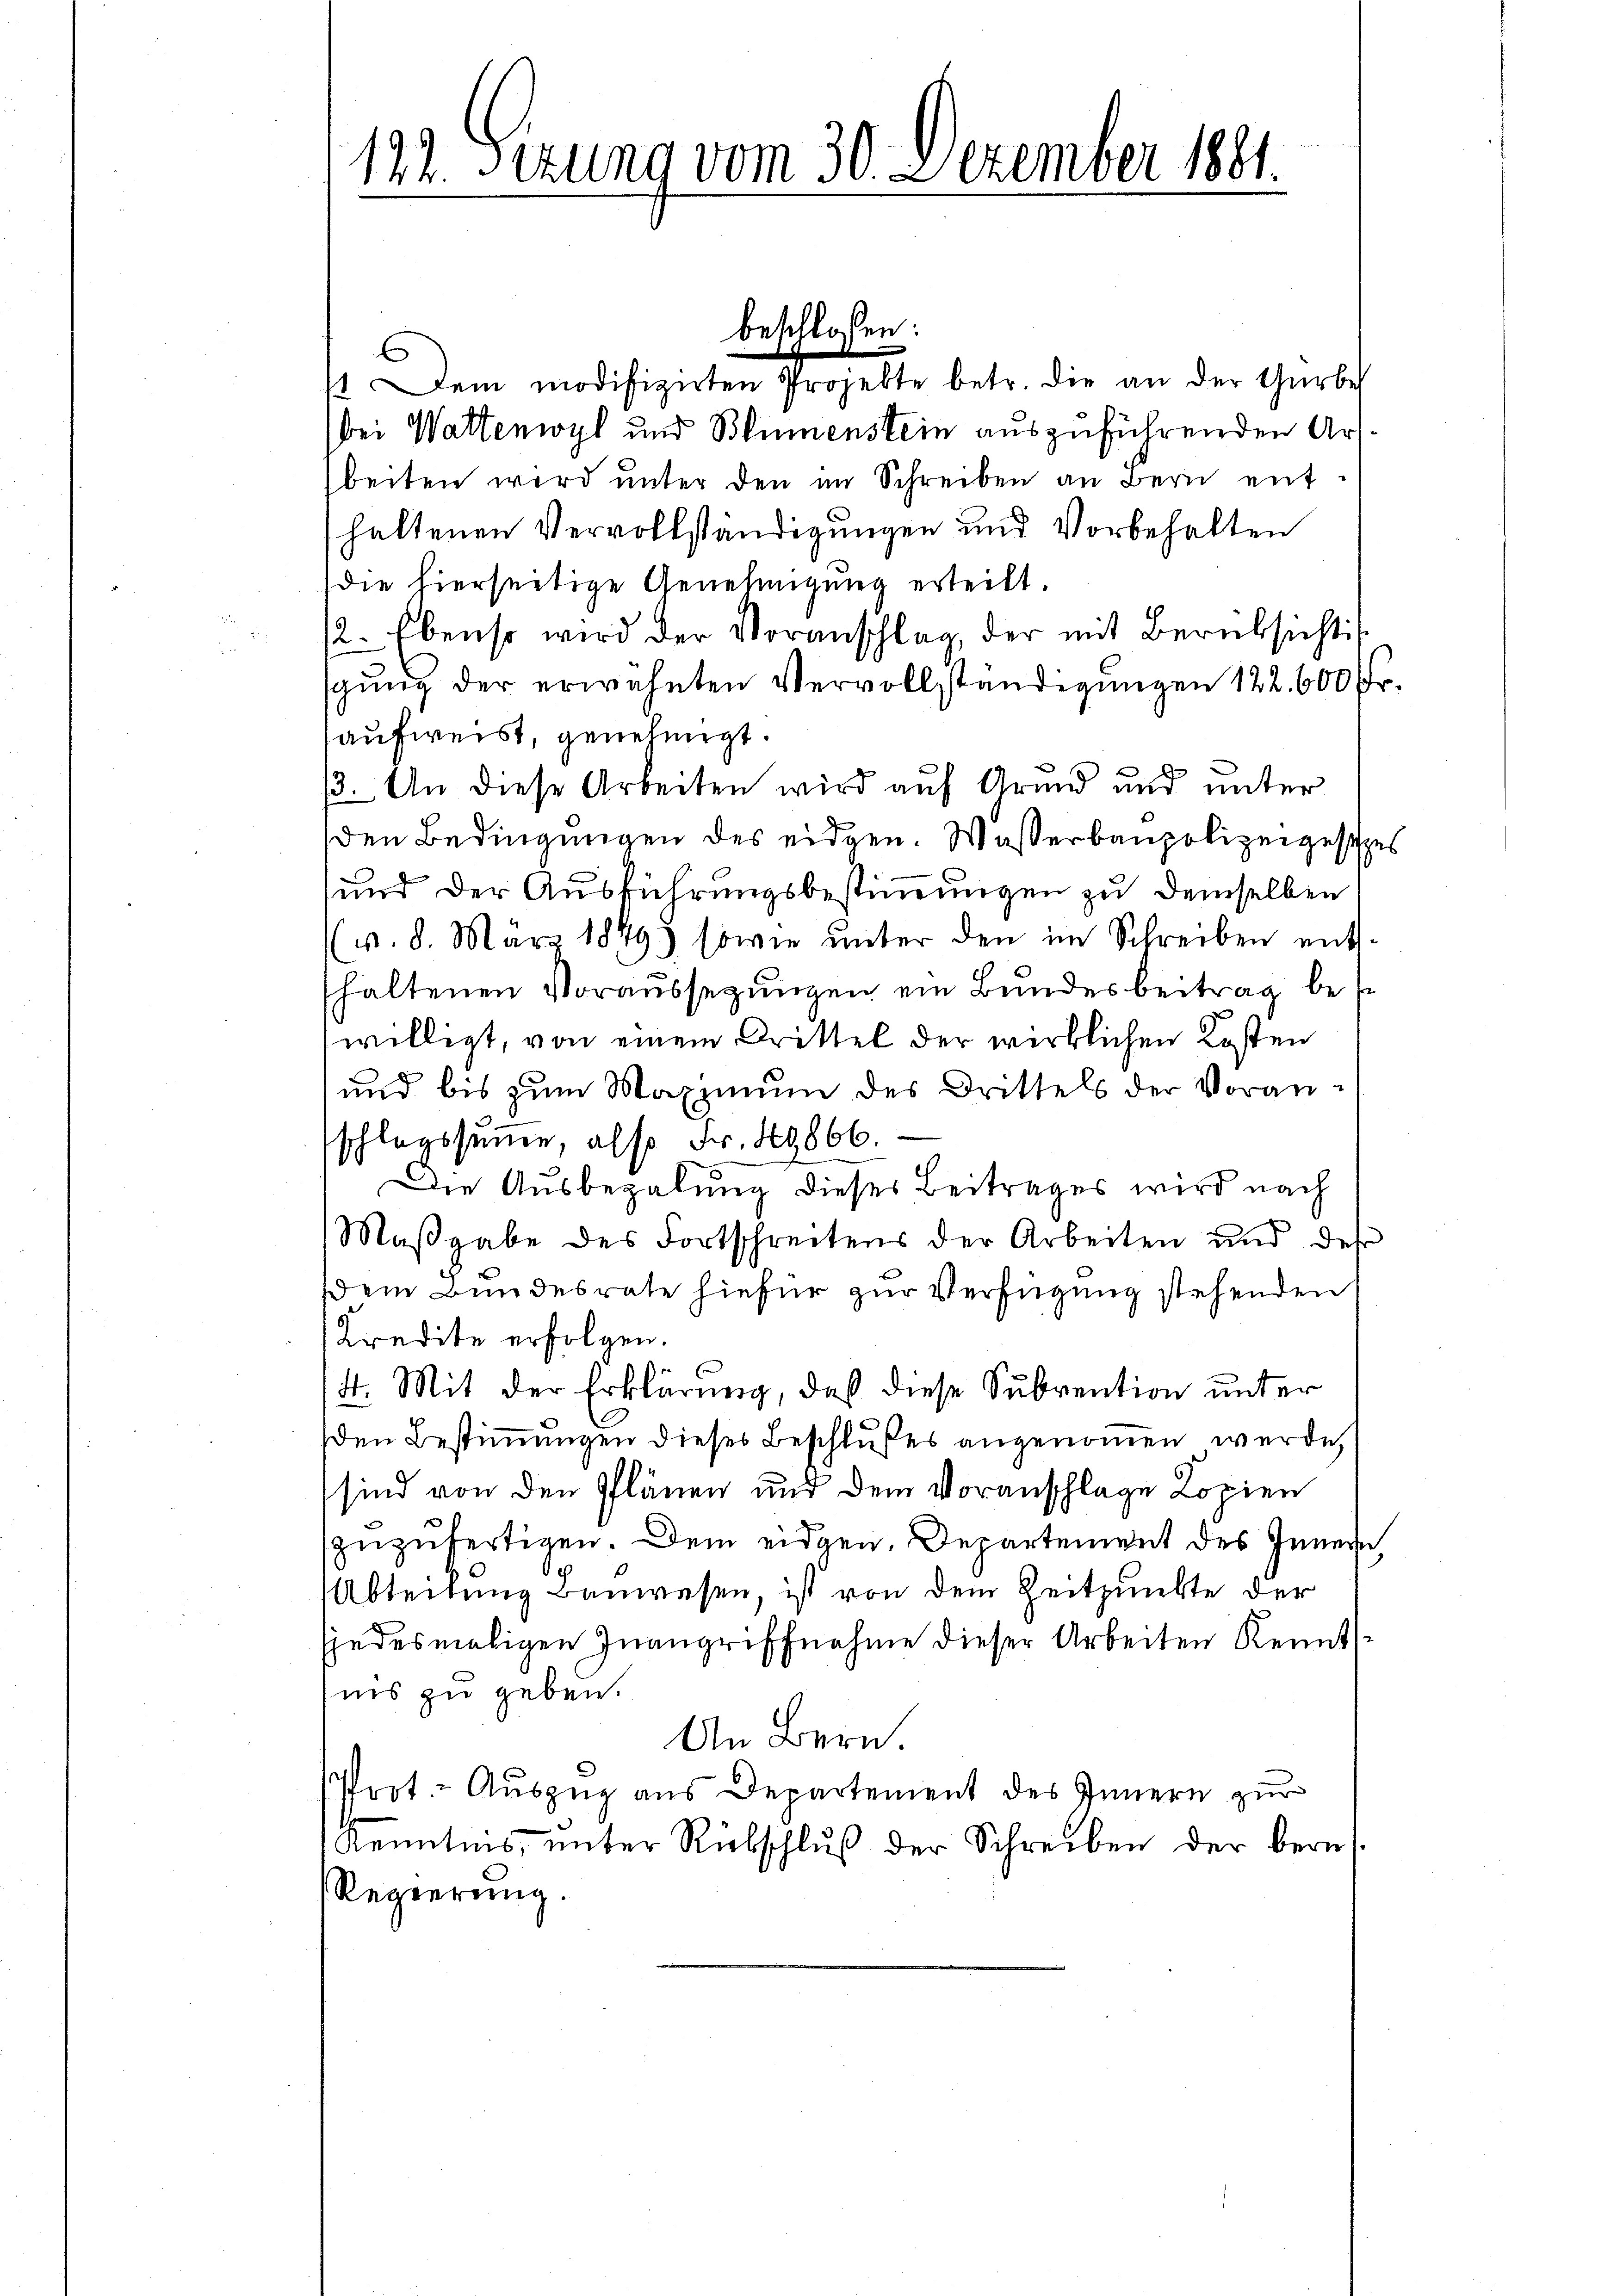
122. Sezung vom 30. Dezember 1881.

1 Dem modifizirten Projekte betr. die an der Gürbes
bei Wattenwyl und Blumenstein auszuführenden Art.
beiten wird ŭnter den im Schreiben an Bern enthaltenen Vervollständigungen und Vorbehalten
die hierseitige Genehmigung erteilt.
2. Ebenso wird der Voranschlag, der mit Berüksicht
gung der erwähnten Vervollständigungen 122. 600 Fr.
aufweist, genehmigt.
3. An diese Arbeiten wird auf Grund und unter
den Bedingungen des eidgen. Wasserbaupolizeigesetzes
und der Ausführungsbestimmungen zu demselben
(v. 8. März 1849 sowie unter den im Schreiben ents-
haltenen Voraussetzungen ein Bundesbeitrag bes
willigt, von einem Drittel der wirklichen Kosten
und bis zum Maximum des Drittels der Voranschlagssumme, also Fr. 49866.
Die Ausbezalung dieses Beitrages wird nach
Maβgabe des Fortschreitens der Arbeiten und des
Dem Bundesrate hiefür zur Verfügung stehenden
Kredite erfolgen.
4. Mit der Erklärung, daß diese Subvention unter
den Bestimmungen dieses Beschlußes angenommen werde,
sind von den Plänen und dem Voranschlage Kopien
zuzufertigen. Dem eidgen. Departement des Innern,
Abteilung Bauwesen, ist von dem Zeitpunkte der
jedesmaligen Zuangriffnahme dieser Arbeiten Kenntiis zu geben.
An Bern.
Prot. - Auszug aus Departement des Innern zur
Kenntnis, unter Rübschluß der Schreiben der bern
Regierung.

beschlossen: